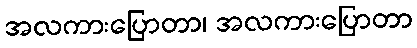
အလကားပြောတာ၊ အလကားပြောတာ